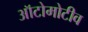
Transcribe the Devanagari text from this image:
ऑटोमोटीव